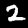
Digit: 2